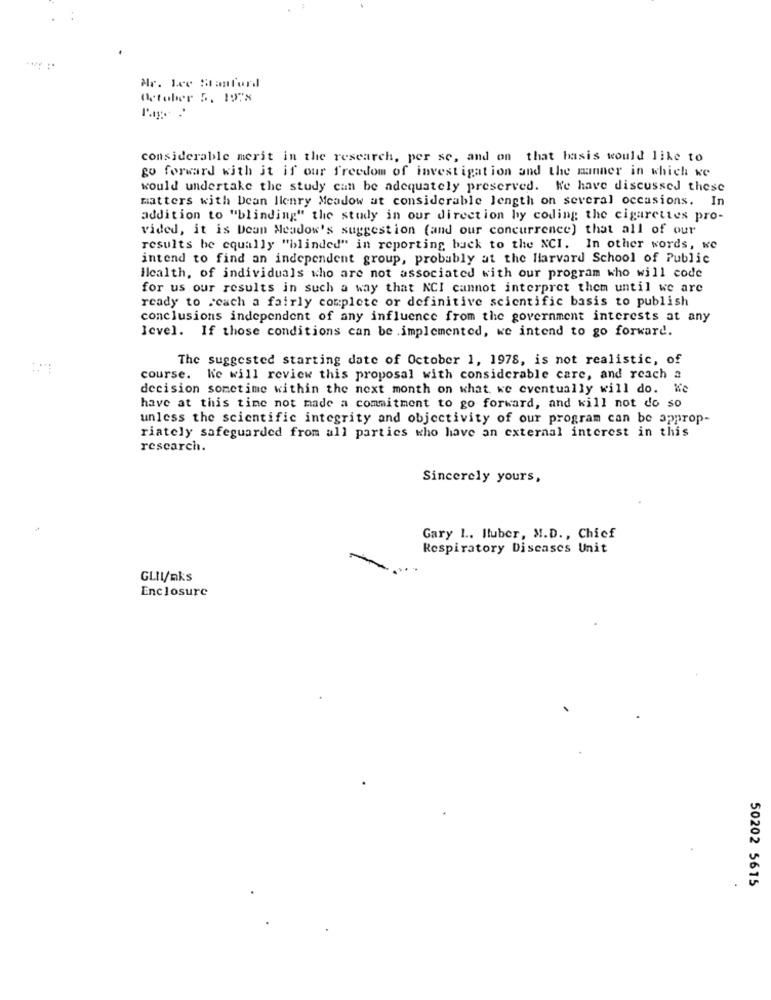
Mr. Lee Stanford
October 5. 1978
considerable merit in the research, per se, and on that basis would like to
go forward with it if our freedom of investigation and the manner in which we
would undertake the study can be adequately preserved. Ke have discussed these
matters with Dean lienry Meadow at considerable length on several occasions. In
addition to "blinding" the study in our direction by coding the cigarettes pro-
vided, it is Deun Meadow's suggestion (and our concurrence) that all of our
results be equally "blinded" in reporting buck to the NCI. In other words, we
intend to find an independent group, probably at the Harvard School of Public
Health, of individuals who are not associated with our program who will code
for us our results in such a way that NCI cannot interpret them until we are
ready to reach a fairly complete or definitive scientific basis to publish
conclusions independent of any influence from the government interests at any
Icvel. If those conditions can be implemented, we intend to go forward.
The suggested starting date of October 1, 1978, is not realistic, of
course. We will review this proposal with considerable care, and reach a
decision sometime within the next month on what we eventually will do. We
have at this time not made a commitment to go forward, and will not do so
unless the scientific integrity and objectivity of our program can be approp-
riately safeguarded from all parties who have an external interest in this
research.
Sincerely yours,
Gary 1 .. Iluber, M.D ., Chief
Respiratory Diseases Unit
GLII/nks
Enclosure
50202 5615